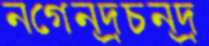
নগেন্দ্রচন্দ্র